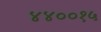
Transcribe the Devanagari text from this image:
४४००१५